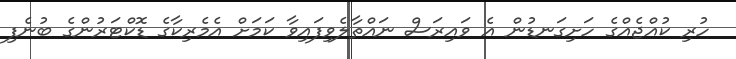
ހުރި ކުއްޖެއްގެ ހަށިގަނޑުން އެ ވައިރަސް ނައްތާލެވިފައިވާ ކަމަށް އެމެރިކާގެ ޑޮކްޓަރުންގެ ބުނެފި